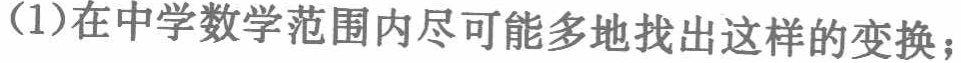
(1)在中学数学范围内尽可能多地找出这样的变换；